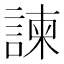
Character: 諫